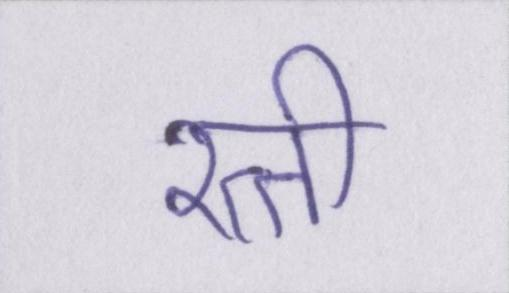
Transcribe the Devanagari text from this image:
रत्ती